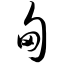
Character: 甸